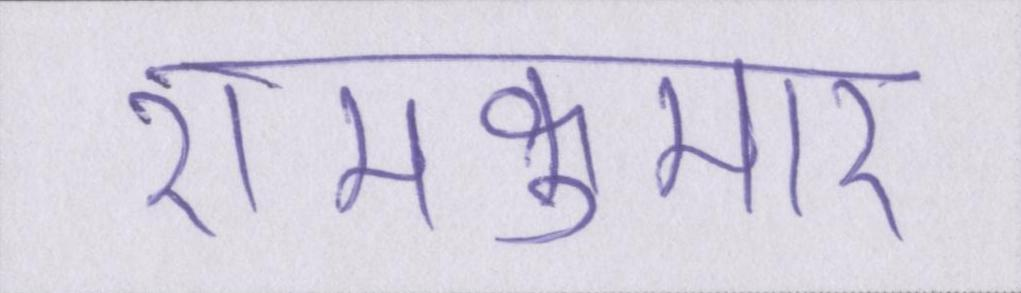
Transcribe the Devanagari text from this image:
रामकुमार